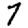
Digit: 7